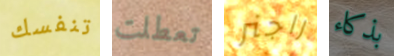
تنفسك تعطلت راجنر بذكاء